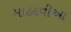
માહદવીઆ